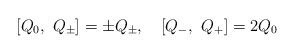
LaTeX: \begin{align*}[Q_0,\ Q_{\pm}]=\pm Q_{\pm},\quad [Q_-,\ Q_+]=2Q_0\end{align*}